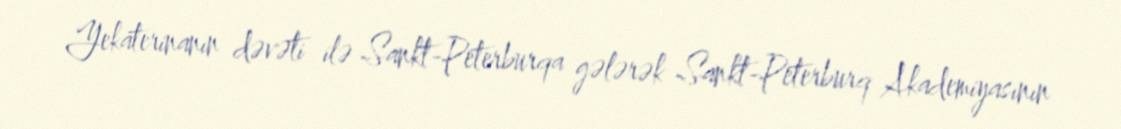
Yekaterinanın dəvəti ilə Sankt-Peterburqa gələrək Sankt-Peterburq Akademiyasının